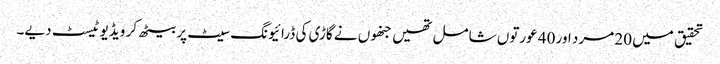
تحقیق میں 20 مرد اور 40 عورتوں شامل تھیں جنھوں نے گاڑی کی ڈرائیونگ سیٹ پر بیٹھ کر ویڈیو ٹیسٹ دیے۔